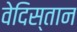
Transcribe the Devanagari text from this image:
वेदिस्तान